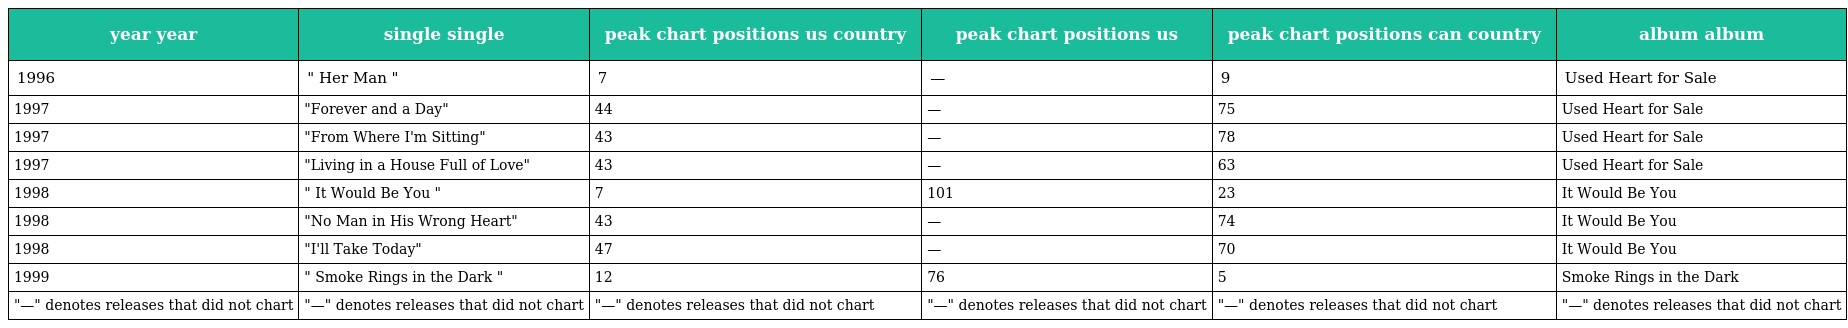
| year year | single single | peak chart positions us country | peak chart positions us | peak chart positions can country | album album |
 | --- | --- | --- | --- | --- | --- |
 | 1996 | " Her Man " | 7 | — | 9 | Used Heart for Sale |
 | 1997 | "Forever and a Day" | 44 | — | 75 | Used Heart for Sale |
 | 1997 | "From Where I'm Sitting" | 43 | — | 78 | Used Heart for Sale |
 | 1997 | "Living in a House Full of Love" | 43 | — | 63 | Used Heart for Sale |
 | 1998 | " It Would Be You " | 7 | 101 | 23 | It Would Be You |
 | 1998 | "No Man in His Wrong Heart" | 43 | — | 74 | It Would Be You |
 | 1998 | "I'll Take Today" | 47 | — | 70 | It Would Be You |
 | 1999 | " Smoke Rings in the Dark " | 12 | 76 | 5 | Smoke Rings in the Dark |
 | "—" denotes releases that did not chart | "—" denotes releases that did not chart | "—" denotes releases that did not chart | "—" denotes releases that did not chart | "—" denotes releases that did not chart | "—" denotes releases that did not chart |